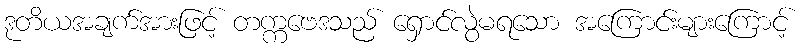
ဒုတိယအချက်အားဖြင့် တက္ကဗေဒသည် ရှောင်လွဲမရသော အကြောင်းများကြောင့်